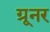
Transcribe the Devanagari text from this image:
ग्रूनर